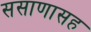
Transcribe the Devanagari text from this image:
ससाणासह